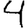
Digit: 4